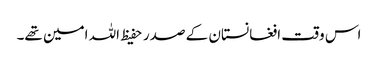
اس وقت افغانستان کے صدر حفیظ اللہ امین تھے۔